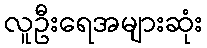
လူဦးရေအများဆုံး